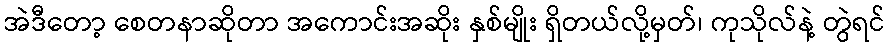
အဲဒီတော့ စေတနာဆိုတာ အကောင်းအဆိုး နှစ်မျိုး ရှိတယ်လို့မှတ်၊ ကုသိုလ်နဲ့ တွဲရင်